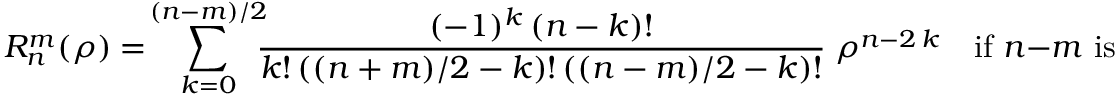
R _ { n } ^ { m } ( \rho ) = \! \sum _ { k = 0 } ^ { ( n - m ) / 2 } \! \! \! { \frac { ( - 1 ) ^ { k } \, ( n - k ) ! } { k ! \, ( ( n + m ) / 2 - k ) ! \, ( ( n - m ) / 2 - k ) ! } } \; \rho ^ { n - 2 \, k } \quad { \mathrm { i f ~ } } n - m { \mathrm { ~ i s ~ e v e n } }